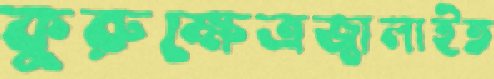
কুরুক্ষেত্রজ্বালাইত